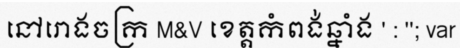
នៅរោងចក្រ M&V ខេត្តកំពង់ឆ្នាំង ' : ''; var